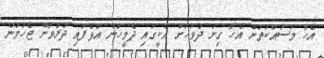
އެހާ މަސައްކަތުން އެހާ ގިނަ ދުވަހަށް އެކީގައި ދެމީހުން އުޅެފައި ދުރުވާން ޖެހުމުން